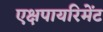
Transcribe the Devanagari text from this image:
एक्षपायरिमेंट